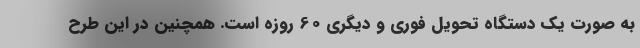
به صورت یک دستگاه تحویل فوری و دیگری 60 روزه است. همچنین در این طرح